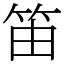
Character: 笛